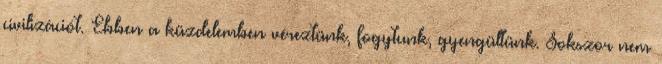
civilizációt. Ebben a küzdelemben véreztünk, fogytunk, gyengültünk. Sokszor nem